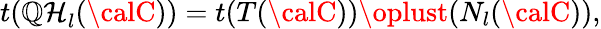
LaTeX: t({\cal\mathbb{Q}H}_{l}({\calC}))=t(T({\calC}))\oplust(N_{l}({\calC})),